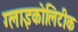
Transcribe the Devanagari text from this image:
ग्लाइकोलिटीक